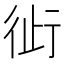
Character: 𬠿